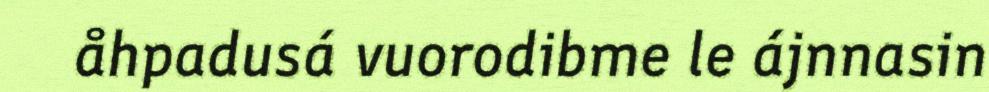
åhpadusá vuorodibme le ájnnasin